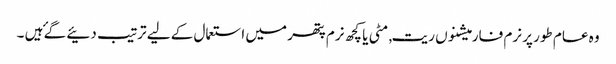
وہ عام طور پر نرم فارمیشنوں ریت, مٹی یا کچھ نرم پتھر میں استعمال کے لیے ترتیب دئیے گۓ ہیں ۔